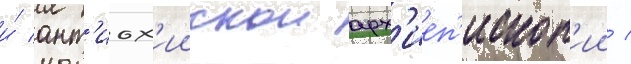
и́ ант'иох'иискои арх'иеп'ископ'ии /